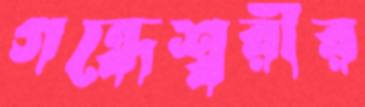
গন্ধেশ্বরীর